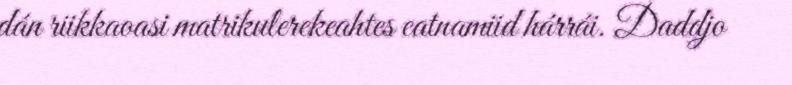
dán riikkaoasi matrikulerekeahtes eatnamiid hárrái. Daddjo